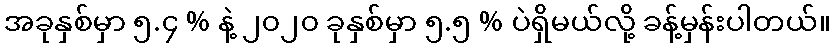
အခုနှစ်မှာ ၅.၄ % နဲ့ ၂၀၂၀ ခုနှစ်မှာ ၅.၅ % ပဲရှိမယ်လို့ ခန့်မှန်းပါတယ်။